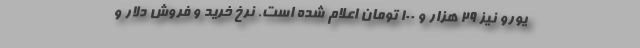
یورو نیز 29 هزار و 100 تومان اعلام شده است. نرخ خرید و فروش دلار و